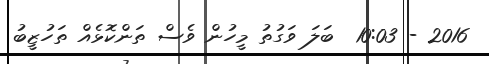
2016 - 10:03  ބަލަ ވަގުތު މީހުން ވެސް ތަންކޮޅެއް ތަހުޒީބު